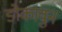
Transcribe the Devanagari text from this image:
डोकावुन